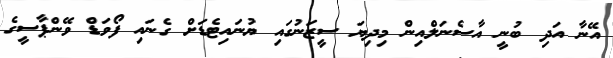
އޭނާ އަދި ބުނީ އާސެނަލްއިން މިދިޔަ ސީޒަނުގައި ޔުނައިޓެޑަށް ގެނައި ފޯވަޑް ވޭންޕާސީގެ